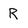
Character: R